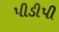
પીડીપી